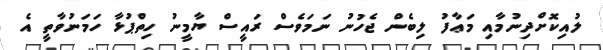
ލުއިކޮށްދިނުމާއި މަޢާފު ލިބެން ޖެހުނު ނަމަވެސް ރައީސް ޔާމީނު ހިތްޕުޅާ ހަމަނުވާތީ އެ